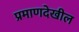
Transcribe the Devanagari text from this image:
प्रमाणदेखील